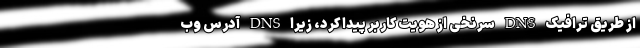
از طریق ترافیک DNS سرنخی از هویت کاربر پیدا کرد، زیرا DNS آدرس وب